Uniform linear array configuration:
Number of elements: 16
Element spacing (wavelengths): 1
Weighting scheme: hamming
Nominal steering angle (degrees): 60
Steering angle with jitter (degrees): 59.539
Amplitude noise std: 0.05
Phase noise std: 0.05

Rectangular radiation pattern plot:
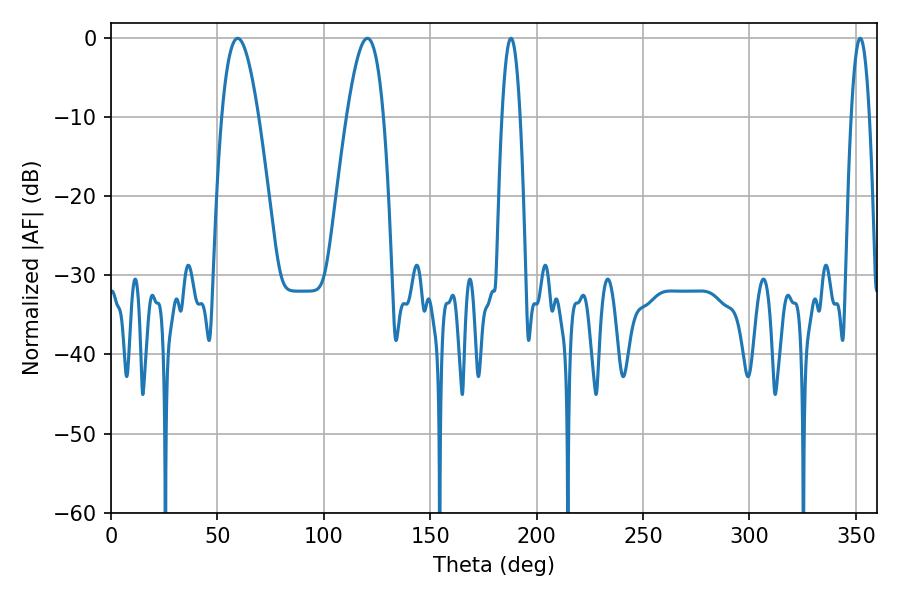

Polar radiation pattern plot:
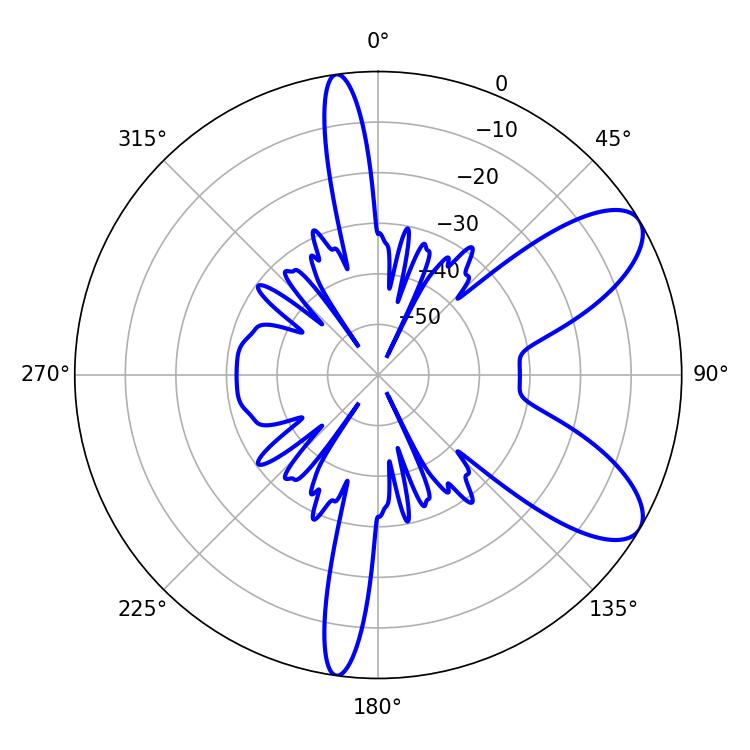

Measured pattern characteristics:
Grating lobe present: TRUE
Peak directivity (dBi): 8.481
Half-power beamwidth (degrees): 4.68
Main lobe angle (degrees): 187.92